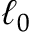
\ell _ { 0 }